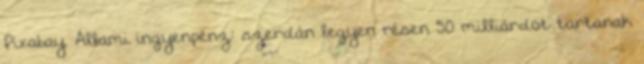
Pixabay. Állami ingyenpénz: szerdán legyen résen 50 milliárdot tartanak